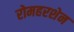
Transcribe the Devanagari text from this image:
रोमहरशेन